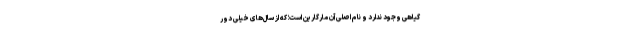
گیاهی وجود ندارد و نام اصلی آن مارگارین است؛ که از سال‌های خیلی دور